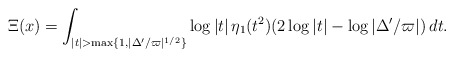
\begin{align*}\Xi(x)=\int_{|t| >\max\{1,|\Delta'/\varpi|^{1/2}\} }\log|t|\,\eta_1(t^2)(2\log|t|-\log|\Delta'/\varpi|)\,dt.\end{align*}